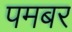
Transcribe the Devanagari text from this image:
पमबर